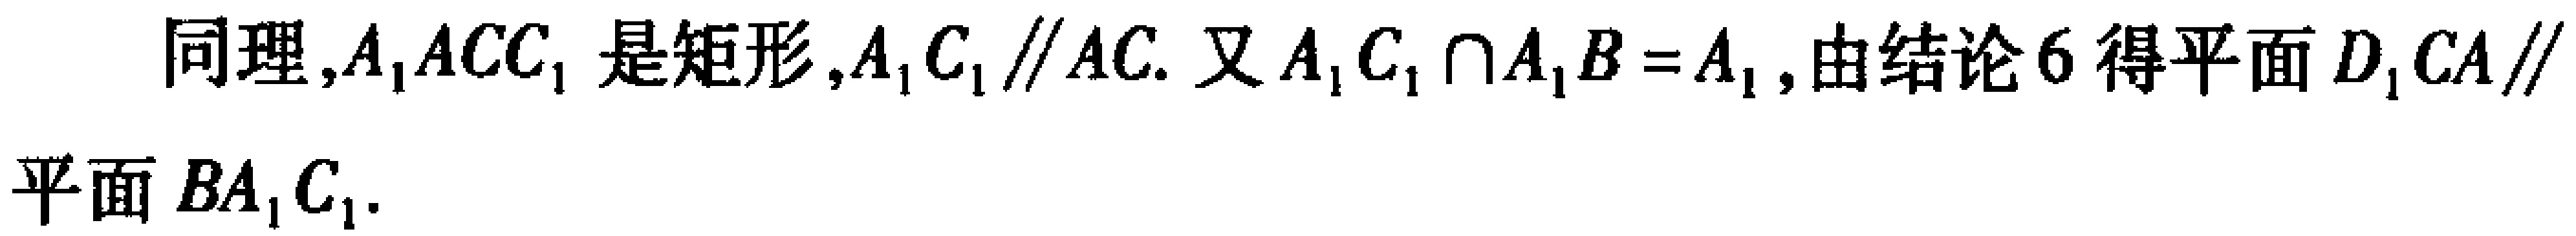
同理,$A_{1}ACC_{1}$是矩形,$A_{1}C_{1}\parallel AC$. 又$A_{1}C_{1}\cap A_{1}B = A_{1}$,由结论6得平面$D_{1}CA\parallel$平面$BA_{1}C_{1}$.